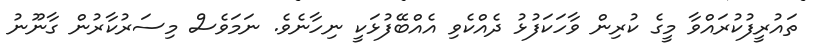
ތައުރީފުކުރައްވާ މީގެ ކުރިން ވާހަކަފުޅު ދެއްކެވި އެއްބޭފުޅަކީ ނިހާނެވެ. ނަމަވެސް މިސަރުކާރުން ގާނޫނު